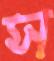
স